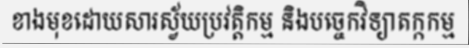
ខាងមុខដោយសារស្វ័យប្រវត្តិកម្ម និងបច្ចេកវិទ្យាតក្កកម្ម